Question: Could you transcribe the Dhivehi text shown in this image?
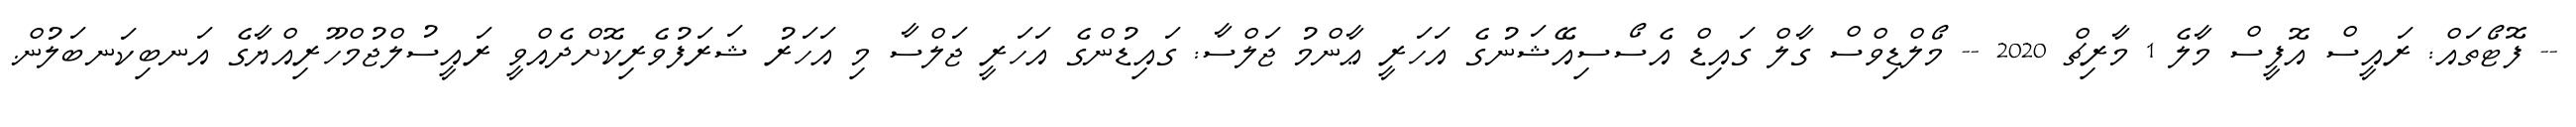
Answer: -- ފޮޓޯތައް: ރައީސް އޮފީސް މާލެ 1 މާރިޗް 2020 -- މޯލްޑިވްސް ގާލް ގައިޑް އެސޯސިއޭޝަނުގެ އަހަރީ ޢާންމު ޖަލްސާ: ގައިޑުންގެ އަހަރީ ޖަލްސާ މި އަހަރު ޝަރަފުވެރިކޮށްދެއްވީ ރައީސުލްޖުމްހޫރިއްޔާގެ އަނބިކަނބަލުން.